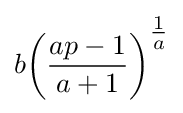
b{\left({\frac {ap-1}{a+1}}\right)}^{\tfrac {1}{a}}